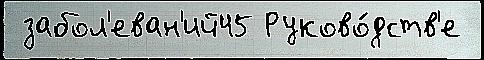
 забол'еван'ий45 Руково́дств'е